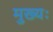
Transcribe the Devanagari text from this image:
मुख्यः